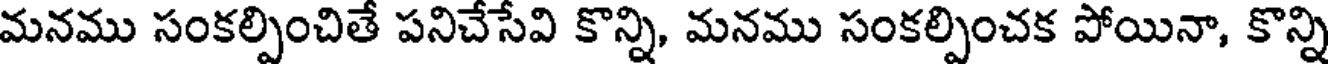
మనము సంకల్పించితే పనిచేసేవి కొన్ని, మనము సంకల్పించక పోయినా, కొన్ని